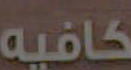
كافيه